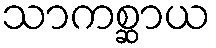
သာကစ္ဆာယ